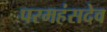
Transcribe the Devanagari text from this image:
परमहंसदेव